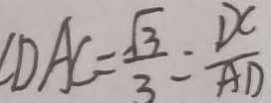
\angle D A C = \frac { \sqrt { 3 } } { 3 } = \frac { D C } { A D }